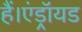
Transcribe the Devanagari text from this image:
हैं।एंड्रॉयड